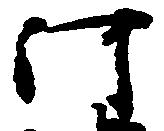
河